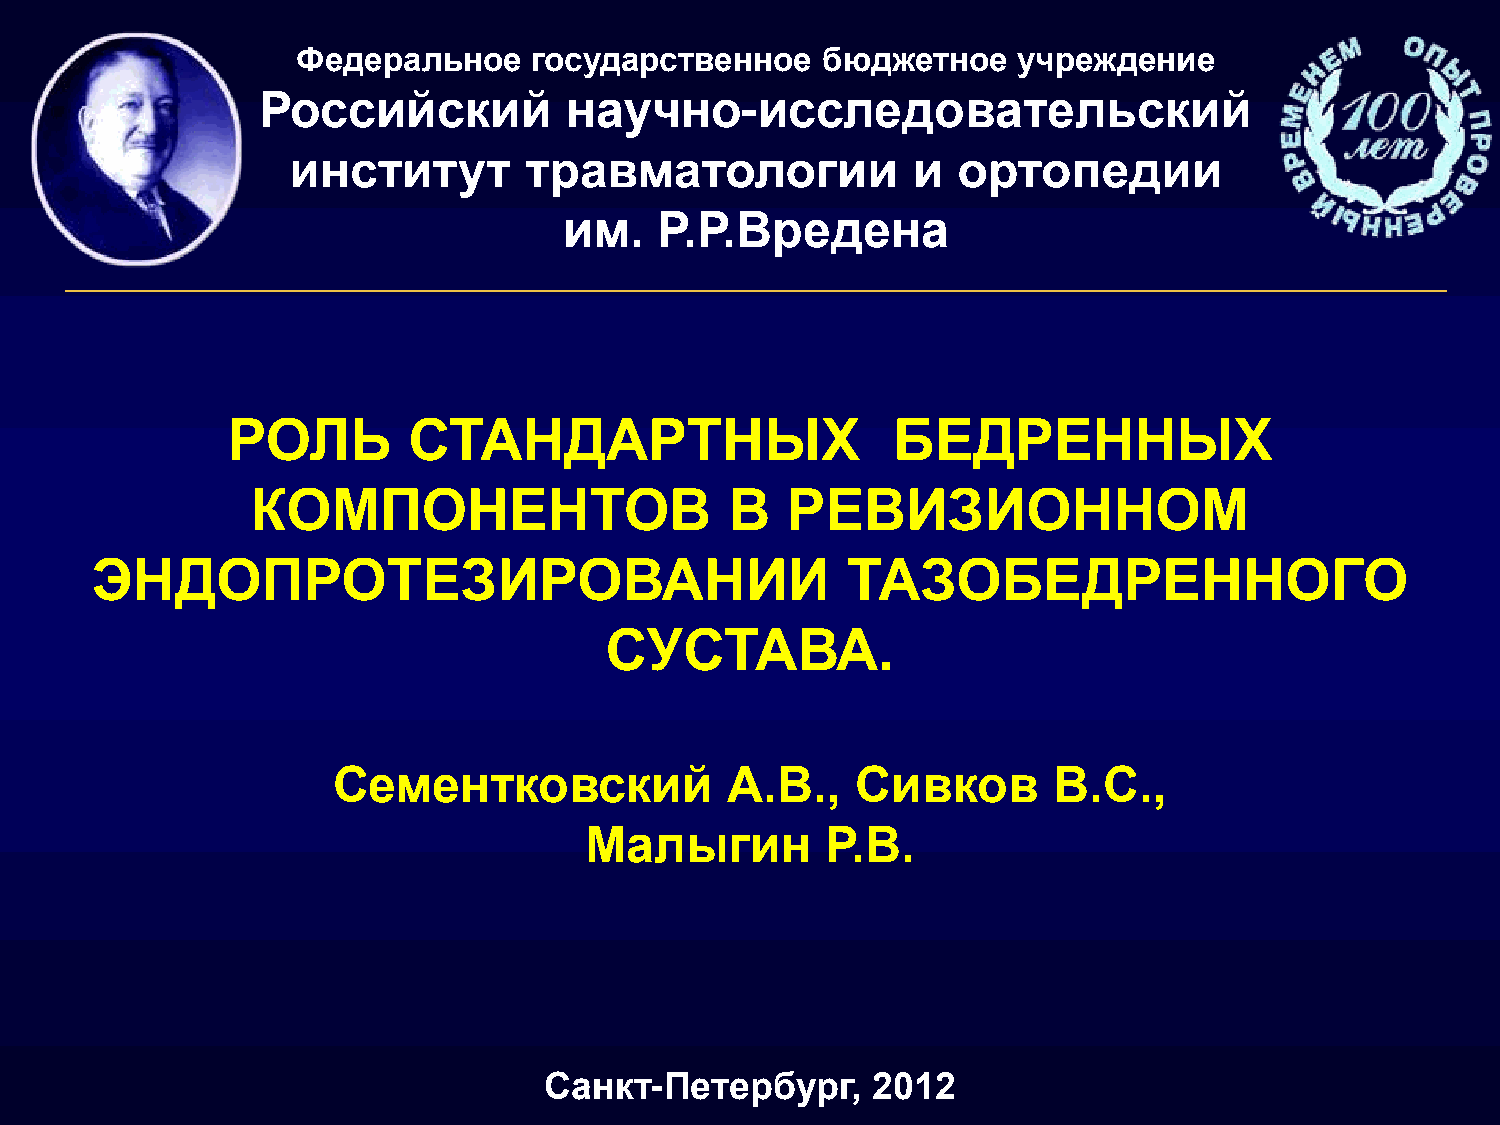
Федеральное    государственное    бюджетное    учреждение
 Российский          научно-исследовательский
 институт        травматологии            и  ортопедии
 им.    Р.Р.Вредена
 РОЛЬ        СТАНДАРТНЫХ                     БЕДРЕННЫХ
 КОМПОНЕНТОВ                    В   РЕВИЗИОННОМ
 ЭНДОПРОТЕЗИРОВАНИИ                                ТАЗОБЕДРЕННОГО
 СУСТАВА.
 Сементковский             А.В.,    Сивков       В.С.,
 Малыгин         Р.В.
 Санкт-Петербург,      2012